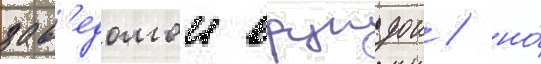
зав'едомои ерундои / но́